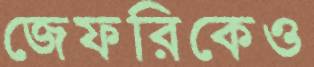
জেফরিকেও